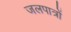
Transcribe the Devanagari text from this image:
जलपात्रों